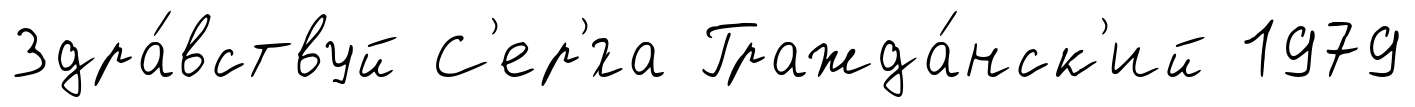
Здра́вствуй С'ер'́га Гражда́нск'ий 1979